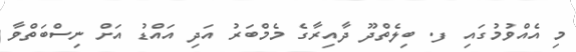
މި އެއްވުމުގައި ފ. ބިލެތްދޫ ދާއިރާގެ މެމްބަރު އަދި އައްޑު އަށް ނިސްބަތްވާ